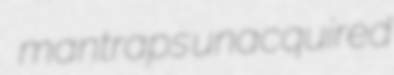
mantraps unacquired